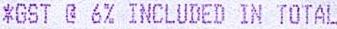
*GST @ 6% INCLUDED IN TOTAL